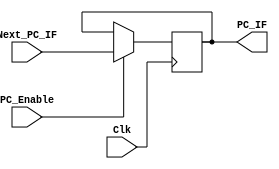
// IF_PC_Reg  push next_PC_IF to PC_IF on positive edge of global clock.
// A logic low in PC_Enable will stop next_PC_IF been pushed to PC_IF.
// PC_Enable is from the Hazard Handling Unit


module IF_PC_Reg(
		 input [31:0]Next_PC_IF,
		 input PC_Enable,
		 output reg [31:0]PC_IF,
		 input Clk
		 );
		 
   always@(posedge Clk)
		begin
			if(PC_Enable)
				begin
					PC_IF <= Next_PC_IF;
				end
		end

endmodule // IF_PC_Reg